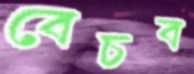
বেচব